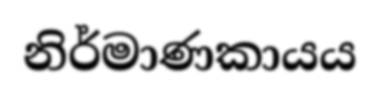
නිර්මාණකායය